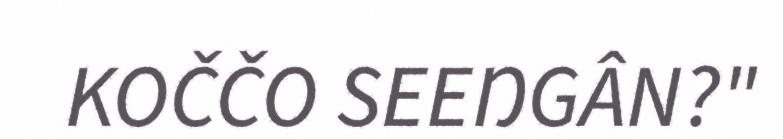
KOČČO SEEŊGÂN?"